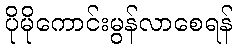
ပိုမိုကောင်းမွန်လာစေရန်